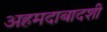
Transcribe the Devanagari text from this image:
अहमदाबादशी